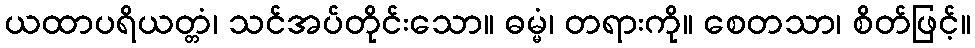
ယထာပရိယတ္တံ၊ သင်အပ်တိုင်းသော။ ဓမ္မံ၊ တရားကို။ စေတသာ၊ စိတ်ဖြင့်။